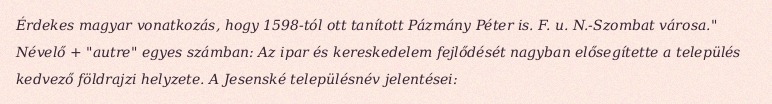
Érdekes magyar vonatkozás, hogy 1598-tól ott tanított Pázmány Péter is. F. u. N.-Szombat városa." Névelő + "autre" egyes számban: Az ipar és kereskedelem fejlődését nagyban elősegítette a település kedvező földrajzi helyzete. A Jesenské településnév jelentései: